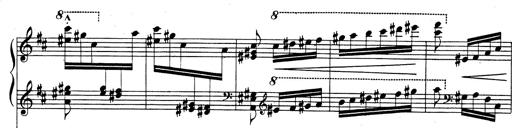
Title: Rhapsodie espagnole
Composer: Franz Liszt